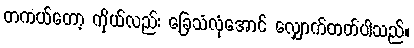
တကယ်တော့ ကိုယ်လည်း ခြေသံလုံအောင် လျှောက်တတ်ပါသည်။